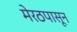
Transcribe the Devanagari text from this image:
मेरठपासून